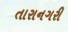
તારાનગરી